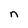
Character: n